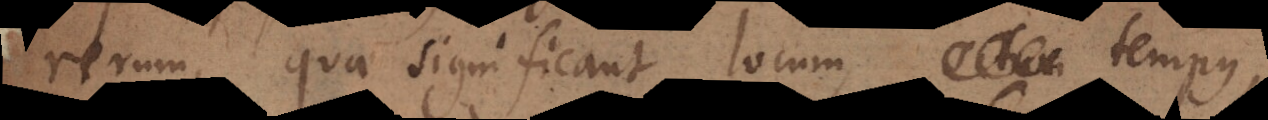
rerum, quae significant locum, situm tempus,